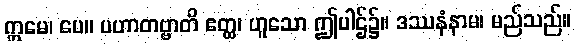
ဣမေ၊ ပေ။ ပဟာတဗ္ဗာတိ ဧတ္ထ၊ ဟူသော ဤပါဌ်၌။ ဒဿနံနာမ၊ မည်သည်။